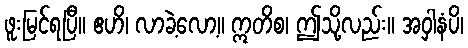
ဖူးမြင်ရပြီ။ ဧဟိ၊ လာခဲ့လော့။ ဣတိစ၊ ဤသို့လည်း။ အဝှါနံပိ၊